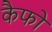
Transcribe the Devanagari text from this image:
कैफो